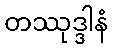
တဿုဒ္ဒါနံ